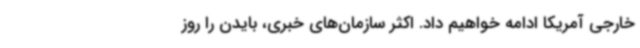
خارجی آمریکا ادامه خواهیم داد. اکثر سازمان‌های خبری، بایدن را روز